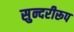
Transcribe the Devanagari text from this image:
सुन्दरीरूप